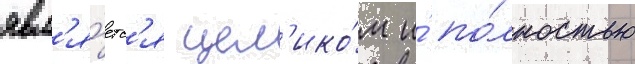
явл'я́етс'я цел'ико́м и́ по́лностью